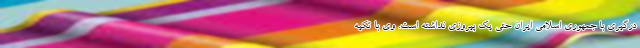
درگیری با جمهوری اسلامی ایران حتی یک پیروزی نداشته است. وی با تکیه